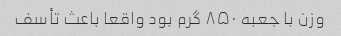
وزن با جعبه ۸۵۰ گرم بود واقعا باعث تأسف